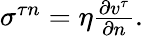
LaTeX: \begin{array}{r}{\sigma^{\tau n}=\eta\frac{\partial v^{\tau}}{\partial n}.}\end{array}